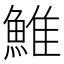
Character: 䱦